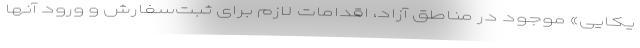
یکایی» موجود در مناطق آزاد، اقدامات لازم برای ثبت‌سفارش و ورود آنها